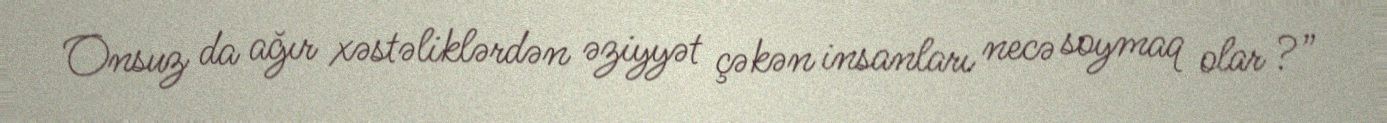
Onsuz da ağır xəstəliklərdən əziyyət çəkən insanları necə soymaq olar ?”